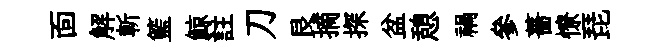
靣解斬籃鯨註刀艮摘探盆憩禍參薔憭琵